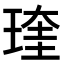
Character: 𤧊